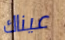
عيناك